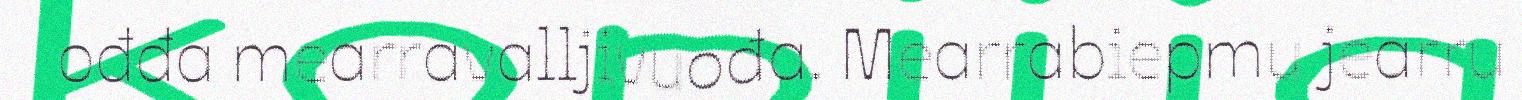
ođđa mearravalljivuođa. Mearrabiepmu jearru